Insane asylums in Bengal annual reports 1876-1887 - 1876-1887
Year: 1876
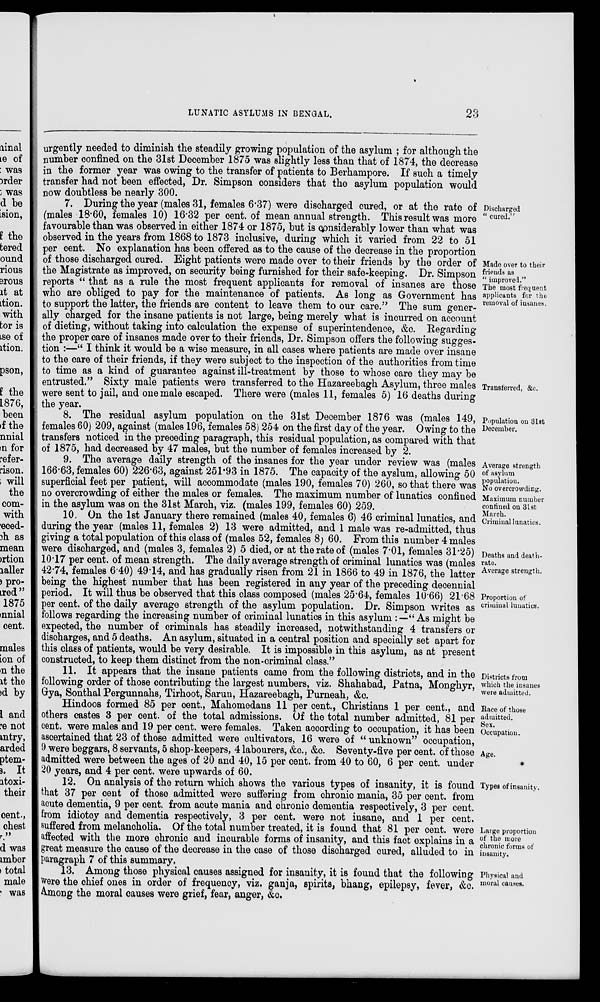
LUNATIC ASYLUMS IN BENGAL.
23
urgently needed to diminish the steadily growing population of the asylum ; for although the
number confined on the 31st December 1875 was slightly less than that of 1874, the decrease
in the former year was owing to the transfer of patients to Berhampore. If such a timely
transfer had not been effected, Dr. Simpson considers that the asylum population would
now doubtless be nearly 300.
Discharged
“ cured.”
Made over to their
friends as
“ improved.”
The most frequent
applicants for the
removal of insanes.
Transferred, &c.
7. During the year (males 31, females 6.37) were discharged cured, or at the rate of
(males 18.60, females 10) 16.32 per cent. of mean annual strength. This result was more
favourable than was observed in either 1874 or 1875, but is considerably lower than what was
observed in the years from 1868 to 1873 inclusive, during which it varied from 22 to 51
per cent. No explanation has been offered as to the cause of the decrease in the proportion
of those discharged cured. Eight patients were made over to their friends by the order of
the Magistrate as improved, on security being furnished for their safe-keeping. Dr. Simpson
reports “ that as a rule the most frequent applicants for removal of insanes are those
who are obliged to pay for the maintenance of patients. As long as Government has
to support the latter, the friends are content to leave them to our care.” The sum gener-
ally charged for the insane patients is not large, being merely what is incurred on account
of dieting, without taking into calculation the expense of superintendence, &c. Regarding
the proper care of insanes made over to their friends, Dr. Simpson offers the following sugges-
tion :—“ I think it would be a wise measure, in all cases where patients are made over insane
to the care of their friends, if they were subject to the inspection of the authorities from time
to time as a kind of guarantee against ill-treatment by those to whose care they may be
entrusted.” Sixty male patients were transferred to the Hazareebagh Asylum, three males
were sent to jail, and one male escaped. There were (males 11, females 5) 16 deaths during
the year.
Population on 31st
December.
8. The residual asylum population on the 31st December 1876 was (males 149,
females 60) 209, against (males 196, females 58) 254 on the first day of the year. Owing to the
transfers noticed in the preceding paragraph, this residual population, as compared with that
of 1875, had decreased by 47 males, but the number of females increased by 2.
Average strength
of asylum
population.
No overcrowding.
Maximum number
confined on 31st
March.
Criminal lunatics.
9. The average daily strength of the insanes for the year under review was (males
166.63, females 60) 226.63, against 251.93 in 1875. The capacity of the ayslum, allowing 50
superficial feet per patient, will accommodate (males 190, females 70) 260, so that there was
no overcrowding of either the males or females. The maximum number of lunatics confined
in the asylum was on the 31st March, viz. (males 199, females 60) 259.
Deaths and death-
rate.
Average strength.
Proportion of
criminal lunatics.
10. On the 1st January there remained (males 40, females 6) 46 criminal lunatics, and
during the year (males 11, females 2) 13 were admitted, and 1 male was re-admitted, thus
giving a total population of this class of (males 52, females 8) 60. From this number 4 males
were discharged, and (males 3, females 2) 5 died, or at the rate of (males 7.01, females 31.25)
10.17 per cent. of mean strength. The daily average strength of criminal lunatics was (males
42.74, females 6.40) 49.14, and has gradually risen from 21 in 1866 to 49 in 1876, the latter
being the highest number that has been registered in any year of the preceding decennial
period. It will thus be observed that this class composed (males 25.64, females 10.66) 21.68
per cent. of the daily average strength of the asylum population. Dr. Simpson writes as
follows regarding the increasing number of criminal lunatics in this asylum :—“ As might be
expected, the number of criminals has steadily increased, notwithstanding 4 transfers or
discharges, and 5 deaths. An asylum, situated in a central position and specially set apart for
this class of patients, would be very desirable. It is impossible in this asylum, as at present
constructed, to keep them distinct from the non-criminal class.”
Districts from
which the insanes
were admitted.
11. It appears that the insane patients came from the following districts, and in the
following order of those contributing the largest numbers, viz. Shahabad, Patna, Monghyr,
Gya, Sonthal Pergunnahs, Tirhoot, Sarun, Hazareebagh, Purneah, &c.
Race of those
admitted.
Sex.
Occupation.
Age.
Hindoos formed 85 per cent., Mahomedans 11 per cent., Christians 1 per cent., and
others castes 3 per cent. of the total admissions. Of the total number admitted, 81 per
cent. were males and 19 per cent. were females. Taken according to occupation, it has been
ascertained that 23 of those admitted were cultivators, 16 were of “ unknown” occupation,
9 were beggars, 8 servants, 5 shop-keepers, 4 labourers, &c., &c. Seventy-five per cent. of those
admitted were between the ages of 20 and 40, 15 per cent. from 40 to 60, 6 per cent. under
20 years, and 4 per cent. were upwards of 60.
Types of insanity.
Large proportion
of the more
chronic forms of
insanity.
12. On analysis of the return which shows the various types of insanity, it is found
that 37 per cent of those admitted were suffering from chronic mania, 35 per cent. from
acute dementia, 9 per cent. from acute mania and chronic dementia respectively, 3 per cent.
from idiotcy and dementia respectively, 3 per cent. were not insane, and 1 per cent.
suffered from melancholia. Of the total number treated, it is found that 81 per cent. were
affected with the more chronic and incurable forms of insanity, and this fact explains in a
great measure the cause of the decrease in the case of those discharged cured, alluded to in
paragraph 7 of this summary.
Physical and
moral causes.
13. Among those physical causes assigned for insanity, it is found that the following
were the chief ones in order of frequency, viz. ganja, spirits, bhang, epilepsy, fever, &c.
Among the moral causes were grief, fear, anger, &c.